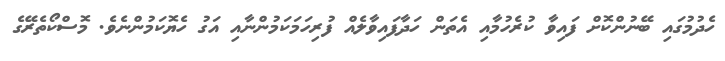
ހެދުމުގައި ބޭނުންކޮށް ފައިވާ ކުރެހުމާއި އެތަން ހަދާފައިވާލެއް ފުރިހަމަކަމުންނާއި އަގު ހެޔޮކަމުންނެވެ. މޮސްކޯތެރޭގެ